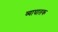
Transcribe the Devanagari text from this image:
व्याघातक